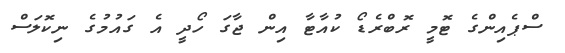
ސްޕެއިންގެ ޓޮމީ ރޮބްރެޑޯ ކުއާޓާ އިން ޖާގަ ހޯދީ އެ ގައުމުގެ ނިކޮލަސް